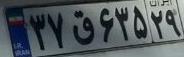
۳۷ق۶۳۵۲۹